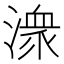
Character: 潨